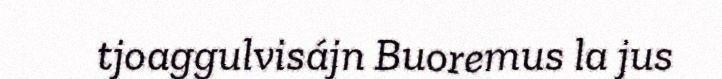
tjoaggulvisájn Buoremus la jus